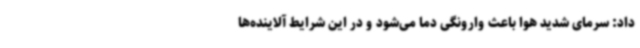
داد: سرمای شدید هوا باعث وارونگی دما می‌شود و در این شرایط آلاینده‌ها